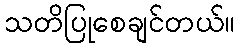
သတိပြုစေချင်တယ်။